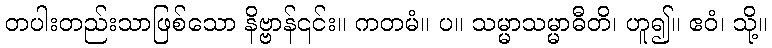
တပါးတည်းသာဖြစ်သော နိဗ္ဗာန်၎င်း။ ကတမံ။ ပ။ သမ္မာသမ္မာဓီတိ၊ ဟူ၍။ ဧဝံ၊ သို့။